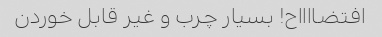
افتضااااح! بسیار چرب و غیر قابل خوردن